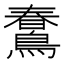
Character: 𪃣